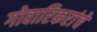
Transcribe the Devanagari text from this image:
गोवारिकरांचे